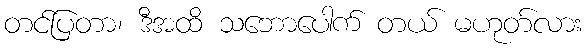
တင်ပြတာ၊ ဒီအထိ သဘောပေါက် တယ် မဟုတ်လား